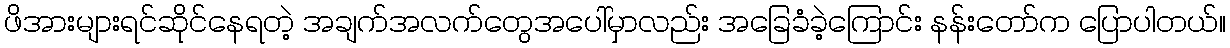
ဖိအားများရင်ဆိုင်နေရတဲ့ အချက်အလက်တွေအပေါ်မှာလည်း အခြေခံခဲ့ကြောင်း နန်းတော်က ပြောပါတယ်။